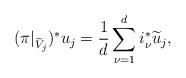
LaTeX: \begin{align*}(\pi|_{\widetilde{V}_j})^*u_j=\frac{1}{d}\sum_{\nu=1}^di_\nu^*\widetilde{u}_j, \end{align*}